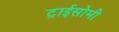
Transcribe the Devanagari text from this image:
ट्राईसोमी